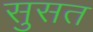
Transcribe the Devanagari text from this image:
सुसत